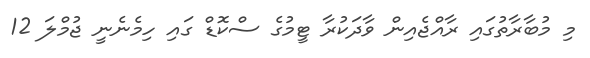
މި މުބާރާތުގައި ރާއްޖެއިން ވާދަކުރާ ޓީމުގެ ސްކޮޑް ގައި ހިމެނެނީ ޖުމްލަ 12